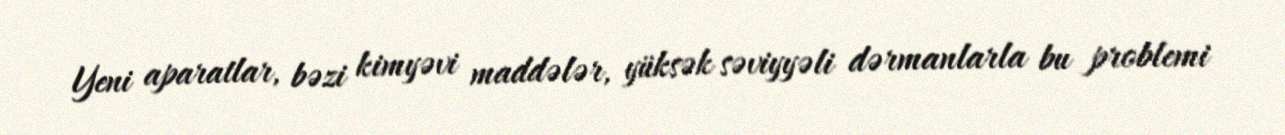
Yeni aparatlar, bəzi kimyəvi maddələr, yüksək səviyyəli dərmanlarla bu problemi